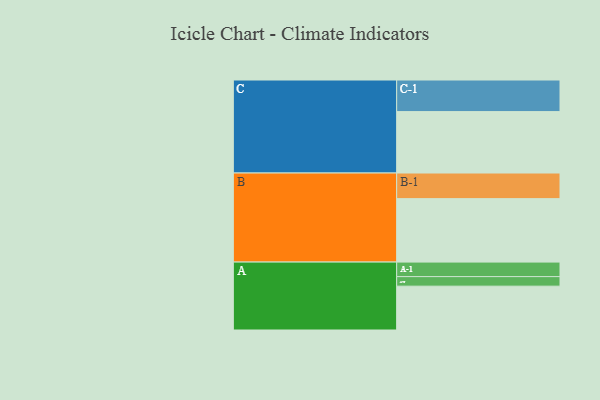
{"axis": {"x": "Segment", "y": "Value"}, "legend": ["", "A", "B", "C"], "data": [{"x": "A", "y": 344, "type": ""}, {"x": "B", "y": 498, "type": ""}, {"x": "C", "y": 482, "type": ""}, {"x": "A-1", "y": 114, "type": "A"}, {"x": "A-2", "y": 75, "type": "A"}, {"x": "B-1", "y": 201, "type": "B"}, {"x": "C-1", "y": 248, "type": "C"}]}